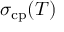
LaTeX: \sigma _ { \mathrm { c p } } ( T )